Medical and sanitary report of the native army of Madras for the year
Year: 1875
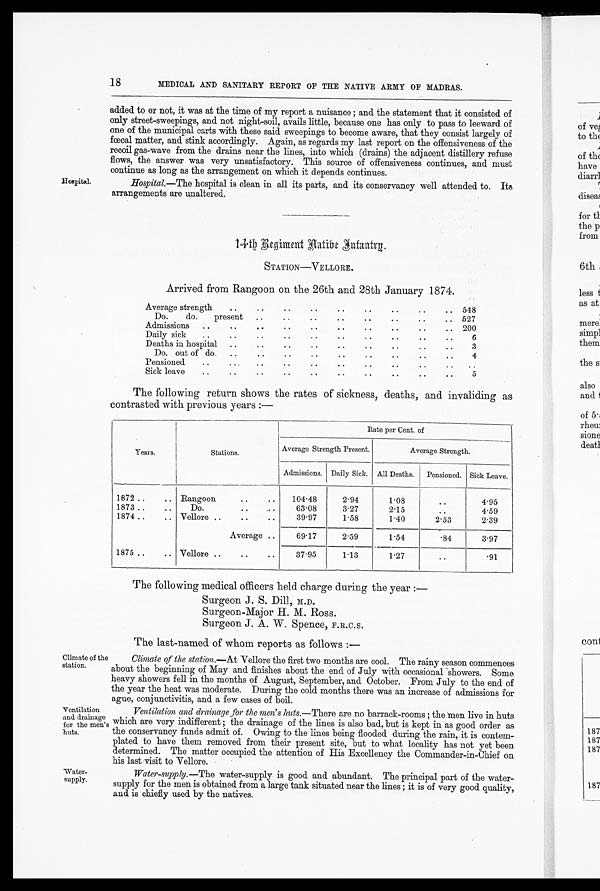
18
MEDICAL AND SANITARY REPORT OF THE NATIVE ARMY OF MADRAS.
Hospital.
added to or not, it was at the time of my report a nuisance; and the statement that it consisted of
only street-sweepings, and not night-soil, avails little, because one has only to pass to leeward of
one of the municipal carts with these said sweepings to become aware, that they consist largely of
fœtal matter, and stink accordingly. Again, as regards my last report on the offensiveness of the
recoil gas-wave from the drains near the lines, into which (drains) the adjacent distillery refuse
flows, the answer was very unsatisfactory. This source of offensiveness continues, and must
continue as long as the arrangement on which it depends continues.
Hospital.—The hospital is clean in all its parts, and its conservancy well attended to. Its
arrangements are unaltered.
14th Regiment native infantry
STATION—VELLORE.
Arrived from Rangoon on the 26th and 28th January 1874.
Average strength
..
.. 548
. .
. .
. .
. .
.
Do.
do.
present..
.. 527
..
..
..
..
Admissions
..
..
..
..
..
.. 200
..
. .
. .
..
. .
Daily sick..
6
Deaths in hospital..
3
..
..
. .
.
Do. outf do.
..
..
..
4
Pensioned..
..
. .
Sick leave..
..
5
The following return shows the rates of sickness, deaths, and invaliding as
contrasted with previous years :—
Years.
Stations.
Rate per Cent. of
Average Strength Present.
Average Strength.
Admissions. Daily Sick. All Deaths.
Pensioned. Sick Leave.
1872 ..
.. Rangoon.
.
.
.
104.48
2.94
1.08
..
4.95
1873 ..
..
Do.
63.08
3.27
2.15
4.59
1874 .
..
Vellore ....
..
39.97
1.58
1.40
2.53
2.39
Average ..
69.17
2.59
1.54
. 8 4 3.97
1875 ..
.. Vellore ....
..
37.95
1 . 1 3
1.27
. . . 9 1
The following medical officers held charge during the year :-
Surgeon J. S. Dill, M.D.
Surgeon-Major H. M. Ross.
Surgeon J. A. W. Spence, P.R. c.s.
The last-named of whom reports as follows :—
Climate of the
station.
Ventilation
and drainage
for the men's
huts.
Climate of the station .—At Vellore the first two months are cool. The rainy season commences
about the beginning of May and finishes about the end of July with occasional showers. Some
heavy showers fell in the months of August, September, and October. From July to the end of
the year the heat was moderate. During the cold months there was an increase of admissions for
ague, conjunctivitis, and a few cases of boil.
Ventilation and drainage ,for the men's huts .—There are no barrack-rooms ; the men live in huts
which are very indifferent ; the drainage of the lines is also bad, but is kept in as good order as
the conservancy funds admit of. Owing to the lines being flooded during the rain, it is contem-
plated to have them removed from their present site, but to what locality has not yet been
determined. The matter occupied the attention of His Excellency the Commander-in-Chief on
his last visit to Vellore.
Water-
supply.
Water-supply.—The water-supply is good and abundant. The principal part of the water-
supply for the men is obtained from a large tank situated near the lines ; it is of very good quality,
and is chiefly used by the natives.